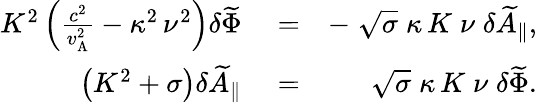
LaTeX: \begin{array}{rlr}{K^{2}\left(\frac{c^{2}}{v_{\mathrm{A}}^{2}}-\kappa^{2}\, \nu^{2}\right)\delta\widetilde{\Phi}}&{{}=}&{-\; \sqrt{\sigma}\; \kappa\, K\; \nu\; \delta\widetilde{A}_{\| },}\\ {\left(K^{2}+\sigma\right)\delta\widetilde{A}_{\| }}&{{}=}&{\sqrt{\sigma}\; \kappa\, K\; \nu\; \delta\widetilde{\Phi}.}\end{array}